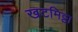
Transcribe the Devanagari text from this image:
खटमिट्ठा